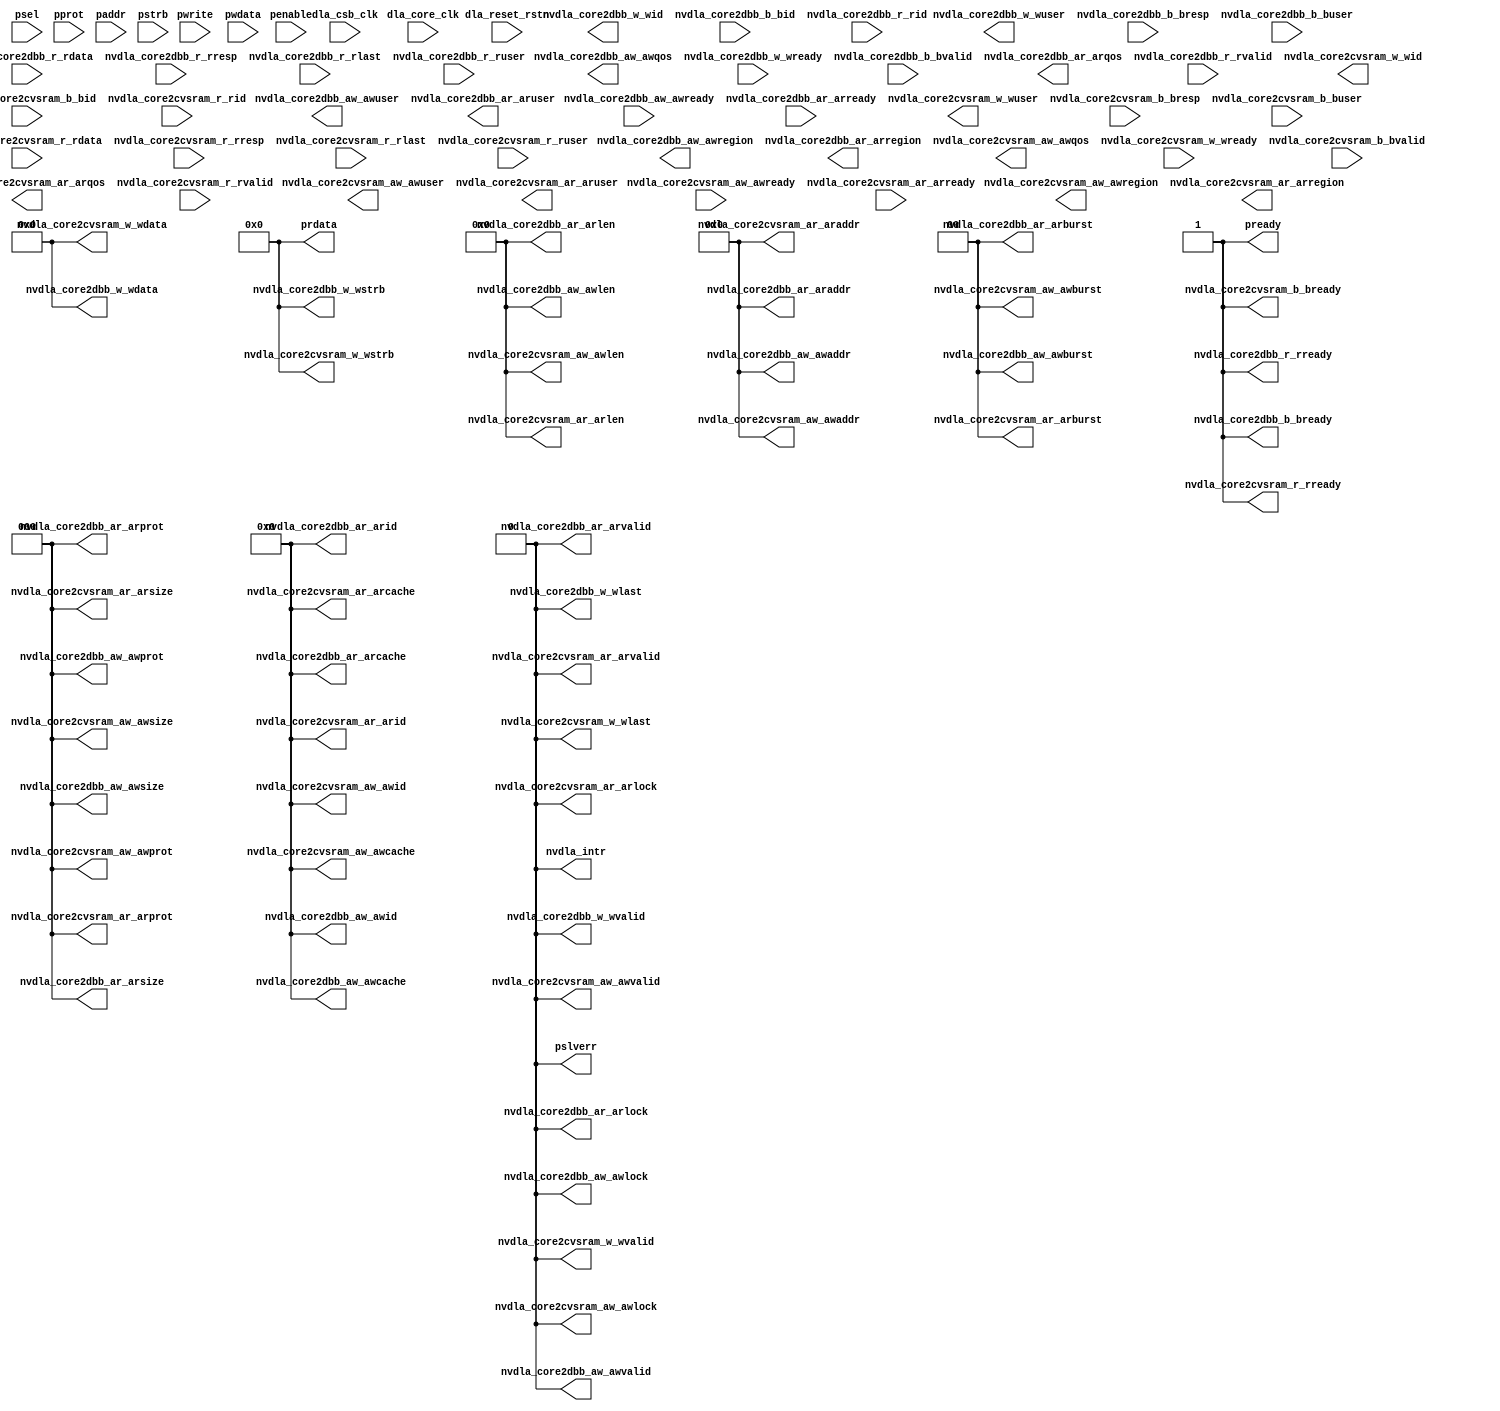
// ================================================================
// NVDLA Open Source Project
// ================================================================
// ================================================================
//
module NV_nvdla_top (
    dla_core_clk,
    dla_csb_clk,
    dla_reset_rstn,
    nvdla_core2dbb_aw_awid,
    nvdla_core2dbb_aw_awaddr,
    nvdla_core2dbb_aw_awlen,
    nvdla_core2dbb_aw_awsize,
    nvdla_core2dbb_aw_awburst,
    nvdla_core2dbb_aw_awlock,
    nvdla_core2dbb_aw_awcache,
    nvdla_core2dbb_aw_awprot,
    nvdla_core2dbb_aw_awqos,
    nvdla_core2dbb_aw_awregion,
    nvdla_core2dbb_aw_awuser,
    nvdla_core2dbb_aw_awvalid,
    nvdla_core2dbb_aw_awready,
    nvdla_core2dbb_w_wid,
    nvdla_core2dbb_w_wdata,
    nvdla_core2dbb_w_wstrb,
    nvdla_core2dbb_w_wlast,
    nvdla_core2dbb_w_wuser,
    nvdla_core2dbb_w_wvalid,
    nvdla_core2dbb_w_wready,
    nvdla_core2dbb_b_bid,
    nvdla_core2dbb_b_bresp,
    nvdla_core2dbb_b_buser,
    nvdla_core2dbb_b_bvalid,
    nvdla_core2dbb_b_bready,
    nvdla_core2dbb_ar_arid,
    nvdla_core2dbb_ar_araddr,
    nvdla_core2dbb_ar_arlen,
    nvdla_core2dbb_ar_arsize,
    nvdla_core2dbb_ar_arburst,
    nvdla_core2dbb_ar_arlock,
    nvdla_core2dbb_ar_arcache,
    nvdla_core2dbb_ar_arprot,
    nvdla_core2dbb_ar_arqos,
    nvdla_core2dbb_ar_arregion,
    nvdla_core2dbb_ar_aruser,
    nvdla_core2dbb_ar_arvalid,
    nvdla_core2dbb_ar_arready,
    nvdla_core2dbb_r_rid,
    nvdla_core2dbb_r_rdata,
    nvdla_core2dbb_r_rresp,
    nvdla_core2dbb_r_rlast,
    nvdla_core2dbb_r_ruser,
    nvdla_core2dbb_r_rvalid,
    nvdla_core2dbb_r_rready,
    nvdla_core2cvsram_aw_awid,
    nvdla_core2cvsram_aw_awaddr,
    nvdla_core2cvsram_aw_awlen,
    nvdla_core2cvsram_aw_awsize,
    nvdla_core2cvsram_aw_awburst,
    nvdla_core2cvsram_aw_awlock,
    nvdla_core2cvsram_aw_awcache,
    nvdla_core2cvsram_aw_awprot,
    nvdla_core2cvsram_aw_awqos,
    nvdla_core2cvsram_aw_awregion,
    nvdla_core2cvsram_aw_awuser,
    nvdla_core2cvsram_aw_awvalid,
    nvdla_core2cvsram_aw_awready,
    nvdla_core2cvsram_w_wid,
    nvdla_core2cvsram_w_wdata,
    nvdla_core2cvsram_w_wstrb,
    nvdla_core2cvsram_w_wlast,
    nvdla_core2cvsram_w_wuser,
    nvdla_core2cvsram_w_wvalid,
    nvdla_core2cvsram_w_wready,
    nvdla_core2cvsram_b_bid,
    nvdla_core2cvsram_b_bresp,
    nvdla_core2cvsram_b_buser,
    nvdla_core2cvsram_b_bvalid,
    nvdla_core2cvsram_b_bready,
    nvdla_core2cvsram_ar_arid,
    nvdla_core2cvsram_ar_araddr,
    nvdla_core2cvsram_ar_arlen,
    nvdla_core2cvsram_ar_arsize,
    nvdla_core2cvsram_ar_arburst,
    nvdla_core2cvsram_ar_arlock,
    nvdla_core2cvsram_ar_arcache,
    nvdla_core2cvsram_ar_arprot,
    nvdla_core2cvsram_ar_arqos,
    nvdla_core2cvsram_ar_arregion,
    nvdla_core2cvsram_ar_aruser,
    nvdla_core2cvsram_ar_arvalid,
    nvdla_core2cvsram_ar_arready,
    nvdla_core2cvsram_r_rid,
    nvdla_core2cvsram_r_rdata,
    nvdla_core2cvsram_r_rresp,
    nvdla_core2cvsram_r_rlast,
    nvdla_core2cvsram_r_ruser,
    nvdla_core2cvsram_r_rvalid,
    nvdla_core2cvsram_r_rready,
    nvdla_intr,
    psel,
    penable,
    pwrite,
    pprot,
    paddr,
    pwdata,
    pstrb,
    prdata,
    pready,
    pslverr
    //cdma_wt_done_status0,
    //cdma_wt_done_status1,
    //cdma_dat_done_status0,
    //cdma_dat_done_status1,
    //cacc_done_status0,
    //cacc_done_status1,
    //sdp_done_status0,
    //sdp_done_status1,
    //pdp_done_status0,
    //pdp_done_status1,
    //cdp_done_status0,
    //cdp_done_status1,
    //bdma_done_status0,
    //bdma_done_status1,
    //cdma_wt_done_0_counter,
    //cdma_wt_done_1_counter,
    //cdma_dat_done_0_counter,
    //cdma_dat_done_1_counter,
    //cacc_done_0_counter,
    //cacc_done_1_counter,
    //sdp_done_0_counter,
    //sdp_done_1_counter,
    //pdp_done_0_counter,
    //pdp_done_1_counter,
    //cdp_done_0_counter,
    //cdp_done_1_counter,
    //bdma_done_0_counter,
    //bdma_done_1_counter,
    //cdma_img_status,
    //cdma_dc_status,
    //cdma_wt_status,
    //upper_limit_w,
    //lower_limit_w,
    //sc2mac_wt_a_pvld,
    //sc2mac_wt_a_sel,
    //sc2mac_wt_a_mask,
    //sc2mac_wt_a_data0,
    //sc2mac_dat_a_pvld,
    //sc2mac_dat_a_mask,
    //sc2mac_dat_a_data0,
    //mac_a2accu_pvld,
    //mac_a2accu_mask,
    //mac_a2accu_data0,
    //sc2mac_wt_b_pvld,
    //sc2mac_wt_b_sel,
    //sc2mac_wt_b_mask,
    //sc2mac_wt_b_data0,
    //sc2mac_dat_b_pvld,
    //sc2mac_dat_b_mask,
    //sc2mac_dat_b_data0,
    //mac_b2accu_pvld,
    //mac_b2accu_mask,
    //mac_b2accu_data0,
    //cacc2sdp_valid,
    //cacc2sdp_ready,
    //cacc2sdp_pd,
    //cacc2sdp_adpt_valid,
    //cacc2sdp_adpt_ready,
    //cacc2sdp_adpt_pd,
    //sdp_dp2wdma_valid,
    //sdp_dp2wdma_ready,
    //sdp_dp2wdma_pd,
    //sdp2pdp_valid,
    //sdp2pdp_ready,
    //sdp2pdp_pd
  );

//input & output ports declaration
////////////////////////////////////////////////////////////////////////
//sys signals
input              dla_core_clk;
input              dla_csb_clk;
input              dla_reset_rstn;

//DBBIF
/*********************************************************************/
//AXI4-AW channel
//output [7:0]       nvdla_core2dbb_aw_awid;
output [3:0]       nvdla_core2dbb_aw_awid;
output [64 -1:0]   nvdla_core2dbb_aw_awaddr;
//output [3:0]       nvdla_core2dbb_aw_awlen;
output [7:0]       nvdla_core2dbb_aw_awlen;
output [2:0]       nvdla_core2dbb_aw_awsize;//new added
output [1:0]       nvdla_core2dbb_aw_awburst;//new added
output             nvdla_core2dbb_aw_awlock;//new added
output [3:0]       nvdla_core2dbb_aw_awcache;//new added
output [2:0]       nvdla_core2dbb_aw_awprot;//new added
output [3:0]       nvdla_core2dbb_aw_awqos;//new added
output [3:0]       nvdla_core2dbb_aw_awregion;//new added
output [31:0]      nvdla_core2dbb_aw_awuser;//new added, not sure about width
output             nvdla_core2dbb_aw_awvalid;
input              nvdla_core2dbb_aw_awready;

//AXI4-W channel
output [7:0]       nvdla_core2dbb_w_wid;
output [256-1:0]   nvdla_core2dbb_w_wdata;
output [256/8-1:0] nvdla_core2dbb_w_wstrb;
output             nvdla_core2dbb_w_wlast;
output [31:0]      nvdla_core2dbb_w_wuser;//new added, not sure about width
output             nvdla_core2dbb_w_wvalid;
input              nvdla_core2dbb_w_wready;

//AXI4-B channel
//input [7:0]        nvdla_core2dbb_b_bid;
input [5:0]        nvdla_core2dbb_b_bid;
input [1:0]        nvdla_core2dbb_b_bresp;//new added
input [31:0]       nvdla_core2dbb_b_buser;//new added, not sure about signal width
input              nvdla_core2dbb_b_bvalid;
output             nvdla_core2dbb_b_bready;

//AXI4-AR channel
//output [7:0]       nvdla_core2dbb_ar_arid;
output [3:0]       nvdla_core2dbb_ar_arid;
output [64 -1:0]   nvdla_core2dbb_ar_araddr;
//output [3:0]       nvdla_core2dbb_ar_arlen;
output [7:0]       nvdla_core2dbb_ar_arlen;
output [2:0]       nvdla_core2dbb_ar_arsize;//new added
output [1:0]       nvdla_core2dbb_ar_arburst;//new added
output             nvdla_core2dbb_ar_arlock;//new added
output [3:0]       nvdla_core2dbb_ar_arcache;//new added
output [2:0]       nvdla_core2dbb_ar_arprot;//new added
output [3:0]       nvdla_core2dbb_ar_arqos;//new added
output [3:0]       nvdla_core2dbb_ar_arregion;//new added
output [31:0]      nvdla_core2dbb_ar_aruser;//new added, not sure about signal width
output             nvdla_core2dbb_ar_arvalid;
input              nvdla_core2dbb_ar_arready;

//AXI4-R channel
//input  [7:0]       nvdla_core2dbb_r_rid;
input  [5:0]       nvdla_core2dbb_r_rid;
input  [256-1:0]   nvdla_core2dbb_r_rdata;
input  [1:0]       nvdla_core2dbb_r_rresp;//new added
input              nvdla_core2dbb_r_rlast;
input  [31:0]      nvdla_core2dbb_r_ruser;//new added, not sure sbout signal width
input              nvdla_core2dbb_r_rvalid;
output             nvdla_core2dbb_r_rready;
/*********************************************************************/

//SRAMIF
/*********************************************************************/
//AXI4-AW channel
//output [7:0]      nvdla_core2cvsram_aw_awid;
output [3:0]      nvdla_core2cvsram_aw_awid;
output [63:0]     nvdla_core2cvsram_aw_awaddr;
//output [3:0]      nvdla_core2cvsram_aw_awlen;
output [7:0]      nvdla_core2cvsram_aw_awlen;
output [2:0]      nvdla_core2cvsram_aw_awsize;//new added
output [1:0]      nvdla_core2cvsram_aw_awburst;//new added
output            nvdla_core2cvsram_aw_awlock;//new added
output [3:0]      nvdla_core2cvsram_aw_awcache;//new added
output [2:0]      nvdla_core2cvsram_aw_awprot;//new added
output [3:0]      nvdla_core2cvsram_aw_awqos;//new added
output [3:0]      nvdla_core2cvsram_aw_awregion;//new added
output [31:0]     nvdla_core2cvsram_aw_awuser;//new added, not sure about width
output            nvdla_core2cvsram_aw_awvalid; /* data valid */
input             nvdla_core2cvsram_aw_awready; /* data return handshake */

//AXI4-W channel
output [7:0]      nvdla_core2cvsram_w_wid;
output [255:0]    nvdla_core2cvsram_w_wdata;
output [31:0]     nvdla_core2cvsram_w_wstrb;
output            nvdla_core2cvsram_w_wlast;
output [31:0]     nvdla_core2cvsram_w_wuser;//new added, not sure about width
output            nvdla_core2cvsram_w_wvalid; /* data valid */
input             nvdla_core2cvsram_w_wready; /* data return handshake */

//AXI4-B channel
//input [7:0]       nvdla_core2cvsram_b_bid;
input [5:0]       nvdla_core2cvsram_b_bid;
input [1:0]       nvdla_core2cvsram_b_bresp;//new added
input [31:0]      nvdla_core2cvsram_b_buser;//new added, not sure about signal width
input             nvdla_core2cvsram_b_bvalid; /* data valid */
output            nvdla_core2cvsram_b_bready; /* data return handshake */

//AXI4-AR channel
//output [7:0]      nvdla_core2cvsram_ar_arid;
output [3:0]      nvdla_core2cvsram_ar_arid;
output [63:0]     nvdla_core2cvsram_ar_araddr;
//output [3:0]      nvdla_core2cvsram_ar_arlen;
output [7:0]      nvdla_core2cvsram_ar_arlen;
output [2:0]      nvdla_core2cvsram_ar_arsize;//new added
output [1:0]      nvdla_core2cvsram_ar_arburst;//new added
output            nvdla_core2cvsram_ar_arlock;//new added
output [3:0]      nvdla_core2cvsram_ar_arcache;//new added
output [2:0]      nvdla_core2cvsram_ar_arprot;//new added
output [3:0]      nvdla_core2cvsram_ar_arqos;//new added
output [3:0]      nvdla_core2cvsram_ar_arregion;//new added
output [31:0]     nvdla_core2cvsram_ar_aruser;//new added, not sure about signal width
output            nvdla_core2cvsram_ar_arvalid; /* data valid */
input             nvdla_core2cvsram_ar_arready; /* data return handshake */

//AXI4-R channel
//input  [7:0]      nvdla_core2cvsram_r_rid;
input  [5:0]      nvdla_core2cvsram_r_rid;
input  [255:0]    nvdla_core2cvsram_r_rdata;
input  [1:0]      nvdla_core2cvsram_r_rresp;//new added
input             nvdla_core2cvsram_r_rlast;
input  [31:0]     nvdla_core2cvsram_r_ruser;//new added, not sure sbout signal width
input             nvdla_core2cvsram_r_rvalid; /* data valid */
output            nvdla_core2cvsram_r_rready; /* data return handshake */
/*********************************************************************/

//NVDLA interrupt
output            nvdla_intr;

//power contrl signals, tied to 0 when connected to NVDLA
//input [31:0] nvdla_pwrbus_ram_c_pd;
//input [31:0] nvdla_pwrbus_ram_ma_pd;
//input [31:0] nvdla_pwrbus_ram_mb_pd;
//input [31:0] nvdla_pwrbus_ram_p_pd;
//input [31:0] nvdla_pwrbus_ram_o_pd;
//input [31:0] nvdla_pwrbus_ram_a_pd;

//APB interface, apb2csb integrated
//input             pclk;
//input             prstn;
input             psel;
input             penable;
input             pwrite;
input             pprot;
input  [31:0]     paddr;
input  [31:0]     pwdata;
input  [3:0]      pstrb;
output [31:0]     prdata;
output            pready;
output            pslverr;
////////////////////////////////////////////////////////////////////////
//
//for debug
////////////////////////////////////////////////////////////////////////


////////////////////////////////////////////////////////////////////////
//
//output assignment
////////////////////////////////////////////////////////////////////////








////////////////////////////////////////////////////////////////////////


assign  pready                           =1'b1;
assign  nvdla_core2dbb_b_bready          =1'b1;
assign  nvdla_core2dbb_r_rready          =1'b1;
assign  nvdla_core2cvsram_b_bready       =1'b1;
assign  nvdla_core2cvsram_r_rready       =1'b1;

assign nvdla_core2dbb_aw_awid           = 'd0 ;
assign nvdla_core2dbb_aw_awaddr         = 'd0 ;
assign nvdla_core2dbb_aw_awlen          = 'd0 ;
assign nvdla_core2dbb_aw_awsize         = 'd0 ;
assign nvdla_core2dbb_aw_awburst        = 'd0 ;
assign nvdla_core2dbb_aw_awlock         = 'd0 ;
assign nvdla_core2dbb_aw_awcache        = 'd0 ;
assign nvdla_core2dbb_aw_awprot         = 'd0 ;
assign nvdla_core2dbb_aw_awvalid        = 'd0 ;
assign nvdla_core2dbb_w_wdata           = 'd0 ;
assign nvdla_core2dbb_w_wstrb           = 'd0 ;
assign nvdla_core2dbb_w_wlast           = 'd0 ;
assign nvdla_core2dbb_w_wvalid          = 'd0 ;

assign nvdla_core2dbb_ar_arid           = 'd0 ;
assign nvdla_core2dbb_ar_araddr         = 'd0 ;
assign nvdla_core2dbb_ar_arlen          = 'd0 ;
assign nvdla_core2dbb_ar_arsize         = 'd0 ;
assign nvdla_core2dbb_ar_arburst        = 'd0 ;
assign nvdla_core2dbb_ar_arlock         = 'd0 ;
assign nvdla_core2dbb_ar_arcache        = 'd0 ;
assign nvdla_core2dbb_ar_arprot         = 'd0 ;
assign nvdla_core2dbb_ar_arvalid        = 'd0 ;

assign nvdla_core2cvsram_aw_awid        = 'd0 ;
assign nvdla_core2cvsram_aw_awaddr      = 'd0 ;
assign nvdla_core2cvsram_aw_awlen       = 'd0 ;
assign nvdla_core2cvsram_aw_awsize      = 'd0 ;
assign nvdla_core2cvsram_aw_awburst     = 'd0 ;
assign nvdla_core2cvsram_aw_awlock      = 'd0 ;
assign nvdla_core2cvsram_aw_awcache     = 'd0 ;
assign nvdla_core2cvsram_aw_awprot      = 'd0 ;
assign nvdla_core2cvsram_aw_awvalid     = 'd0 ;
assign nvdla_core2cvsram_w_wdata        = 'd0 ;
assign nvdla_core2cvsram_w_wstrb        = 'd0 ;
assign nvdla_core2cvsram_w_wlast        = 'd0 ;
assign nvdla_core2cvsram_w_wvalid       = 'd0 ;

assign nvdla_core2cvsram_ar_arid        = 'd0 ;
assign nvdla_core2cvsram_ar_araddr      = 'd0 ;
assign nvdla_core2cvsram_ar_arlen       = 'd0 ;
assign nvdla_core2cvsram_ar_arsize      = 'd0 ;
assign nvdla_core2cvsram_ar_arburst     = 'd0 ;
assign nvdla_core2cvsram_ar_arlock      = 'd0 ;
assign nvdla_core2cvsram_ar_arcache     = 'd0 ;
assign nvdla_core2cvsram_ar_arprot      = 'd0 ;
assign nvdla_core2cvsram_ar_arvalid     = 'd0 ;

assign nvdla_intr                       = 'd0 ;
assign prdata                           = 'd0 ;

assign pslverr                          = 'd0 ;

























//
endmodule // NV_nvdla_top